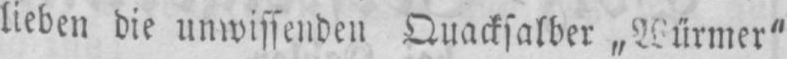
lieben die unwissende Quacksalber „Würmer“